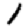
Digit: 1